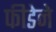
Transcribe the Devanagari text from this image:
फीडेने